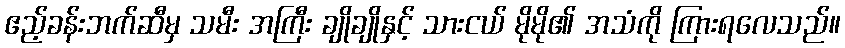
ဧည့်ခန်းဘက်ဆီမှ သမီး အကြီး ချိုချိုနှင့် သားငယ် မိုမို၏ အသံကို ကြားရလေသည်။